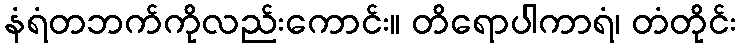
နံရံတဘက်ကိုလည်းကောင်း။ တိရောပါကာရံ၊ တံတိုင်း